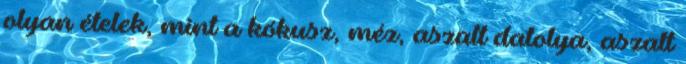
olyan ételek, mint a kókusz, méz, aszalt datolya, aszalt